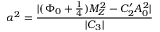
\alpha ^ { 2 } = \frac { | ( \Phi _ { 0 } + \frac { 1 } { 4 } ) M _ { Z } ^ { 2 } - C _ { 2 } ^ { \prime } A _ { 0 } ^ { 2 } | } { | C _ { 3 } | }